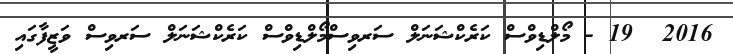
2016  19 - މޯލްޑިވްސް ކަރެކްޝަނަލް ސަރވިސްމޯލްޑިވްސް ކަރެކްޝަނަލް ސަރވިސް ވަޒީފާގައި